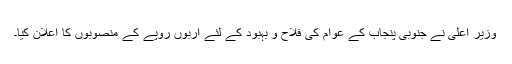
وزیر اعلی نے جنوبی پنجاب کے عوام کی فلاح و بہبود کے لئے اربوں روپے کے منصوبوں کا اعلان کیا۔